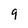
Character: 9